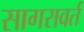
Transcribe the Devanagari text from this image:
सागरावर्त